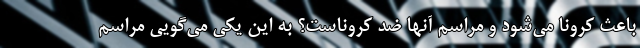
باعث کرونا می‌شود و مراسم آنها ضد کروناست؟ به این یکی می‌گویی مراسم